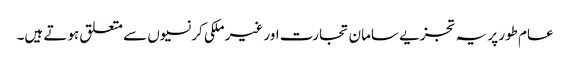
عام طور پر یہ تجزیے سامان تجارت اور غیر ملکی کرنسیوں سے متعلق ہوتے ہیں۔